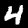
Label: 4